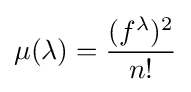
\mu (\lambda )={\frac {(f^{\lambda })^{2}}{n!}}